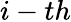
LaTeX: i-th